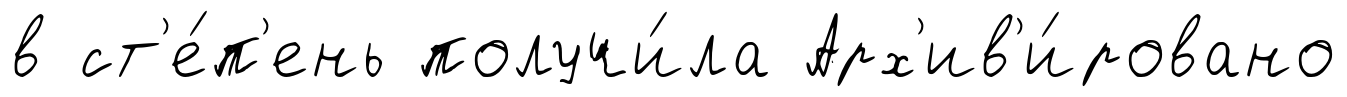
в ст'е́п'ень получи́ла Арх'ив'и́ровано